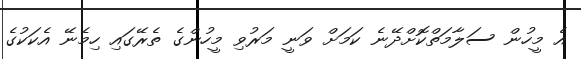
އެ މީހުން ސަލާމަތްކޮށްދޭނެ ކަމަށް ވަނީ މަރުވި މީހުންގެ ތެރޭގައި ހިމެނޭ އެކަކުގެ